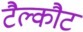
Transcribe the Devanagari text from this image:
टैल्कौट